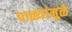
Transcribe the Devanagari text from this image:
पाळ्यांमुळे